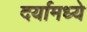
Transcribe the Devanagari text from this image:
दर्यामध्ये